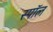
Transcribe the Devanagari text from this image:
स्पॉल